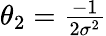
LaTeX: \textstyle\theta_{2}={\frac{-1}{2\sigma^{2}}}